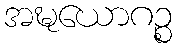
အဍ္ဎယောဂဉ္စ